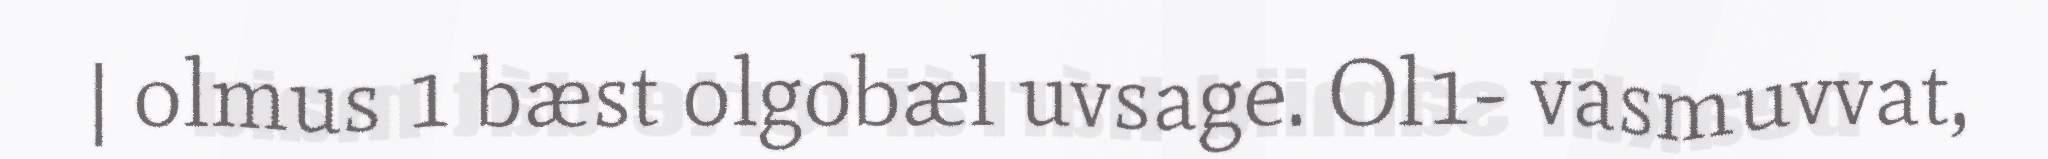
| olmus 1 bæst olgobæl uvsage. Ol1- vasmuvvat,